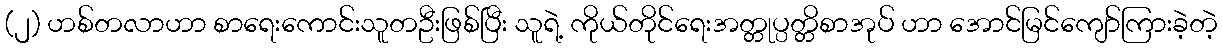
(၂) ဟစ်တလာဟာ စာရေးကောင်းသူတဦးဖြစ်ပြီး သူရဲ့ ကိုယ်တိုင်ရေးအတ္တုပ္ပတ္တိစာအုပ် ဟာ အောင်မြင်ကျော်ကြားခဲ့တဲ့